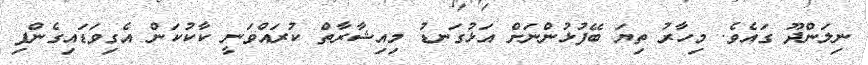
ނިލަންދޫ ގައެެވެ. މިހާރު ތިޔަ ބޭފުޅުންނަށް އަޅުގަނޑު މިއިޝާރާތް ކުރައްވަނީ ކާކުކަން އެގިވަޑައިގެންފި